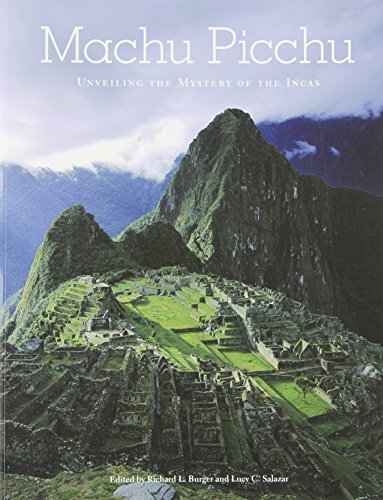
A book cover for Machu Picchu: Unveiling the Mystery of the Incas; History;